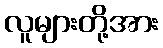
လူများတို့အား